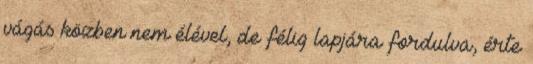
vágás közben nem élével, de félig lapjára fordulva, érte